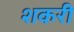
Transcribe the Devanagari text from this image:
शकरी